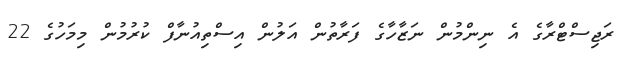
ރަޖިސްޓްރާގެ އެ ނިންމުން ނަޒާހާގެ ފަރާތުން އަލުން އިސްތިއުނާފް ކުރުމުން މިމަހުގެ 22